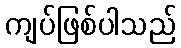
ကျပ်ဖြစ်ပါသည်